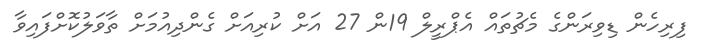
ފިރިހެން ޑިވިރަންގެ މެޗުތައް އެޕްރީލް 19ން 27 އަށް ކުރިއަށް ގެންދިއުމަށް ތާވަލުކޮށްފައިވާ